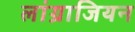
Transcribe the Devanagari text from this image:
लांग्राजियन